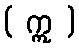
( ဣ )